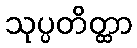
သုပ္ပတိတ္ထာ